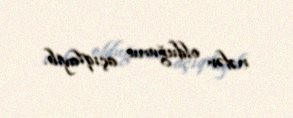
nəfər olduğunu açıqlayıb.